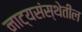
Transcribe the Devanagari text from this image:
नाट्यसंस्थेतील